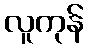
လူကုန်